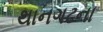
થાનગઢના